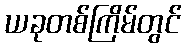
ယခုတစ်ကြိမ်တွင်